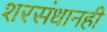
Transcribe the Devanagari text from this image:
शरसंधानही